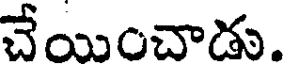
చేయించాడు.